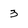
Character: 3